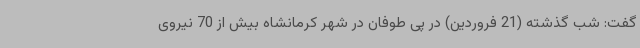
گفت: شب گذشته (21 فروردین) در پی طوفان در شهر کرمانشاه بیش از 70 نیروی